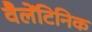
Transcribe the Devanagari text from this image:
वैलेंटिनिक